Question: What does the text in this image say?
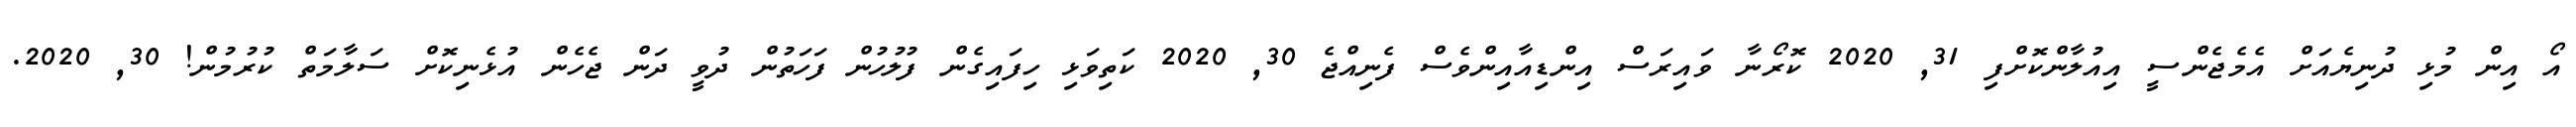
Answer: އޯ އިން މުޅި ދުނިޔެއަށް އެމެޖެންސީ އިއުލާންކޮށްފި 31, 2020 ކޮރޯނާ ވައިރަސް އިންޑިއާއިންވެސް ފެނިއްޖެ 30, 2020 ކަތިވަޅި ހިފައިގެން ފުލުހުން ފަހަތުން ދުވީ ދަން ޖެހެން އުޅެނިކޮށް ސަލާމަތް ކުރުމުން! 30, 2020.